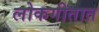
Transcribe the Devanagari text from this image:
लोकगीतात